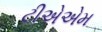
ટીએએમ